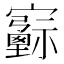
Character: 𡫻